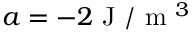
a = - 2 \mathrm { ~ J ~ } / \mathrm { ~ m ~ } ^ { 3 }